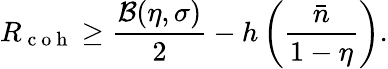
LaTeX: R_{\mathrm{~c~o~h~}}\geq\frac{\mathcal{B}(\eta,\sigma)}{2}-h\left(\frac{\bar{n}}{1-\eta}\right).